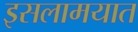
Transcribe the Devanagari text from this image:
इसलामयात